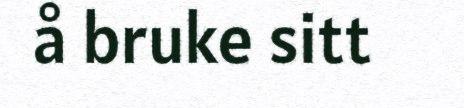
å bruke sitt